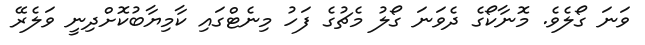
ވަނަ ގޯލެވެ. މޮނާކޯގެ ދެވަނަ ގޯލު މެޗުގެ ފަހު މިނެޓްގައި ކާމިޔާބުކޮށްދިނީ ވަލެރޭ